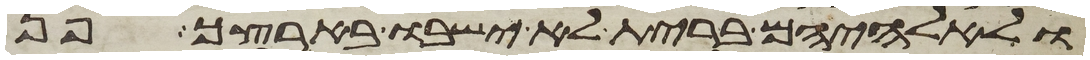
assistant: ולאלהיהם ברית לא ישבו בארצך פן